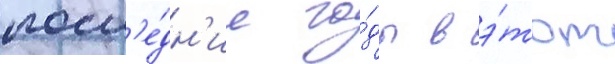
посл'е́дн'ие го́ды в э́тот